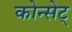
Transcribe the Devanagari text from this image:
कोन्सेट्